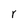
Character: r